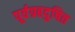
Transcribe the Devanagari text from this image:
पूर्वग्रहदुषित